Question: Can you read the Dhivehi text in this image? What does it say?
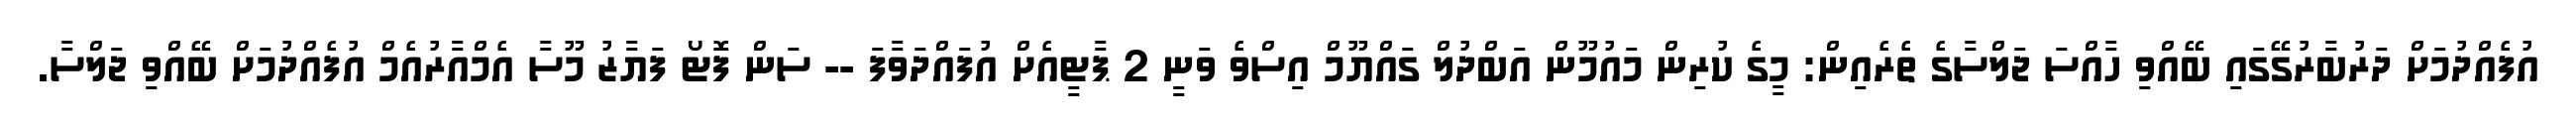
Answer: އުފެއްދުމަށް ދަރުބާރުގޭގައި ބޭއްވި ހާއްސަ ޖަލްސާގެ ތެރެއިން: މީގެ ކުރިން މައުމޫން އަބްދުލް ގައްޔޫމް އިސްވެ ވަނީ 2 ޕާޓީއެށް އުފައްދަވާފަ -- ސަން ފޮޓޯ ފަޔާޒު މޫސާ އެމްއާރުއެމް އުފެއްދުމަށް ބޭއްވި ޖަލްސާ.